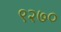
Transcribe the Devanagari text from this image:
९२७०